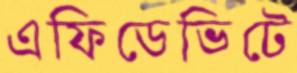
এফিডেভিটে